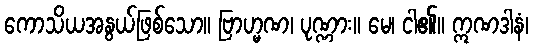
ကောသိယအနွယ်ဖြစ်သော။ ဗြာဟ္မဏ၊ ပုဏ္ဏား။ မေ၊ ငါ၏။ ဣဏဒါနံ၊